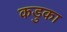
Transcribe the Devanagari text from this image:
कडुका